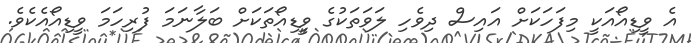
އެ ވީޑިއޯއަކީ މިފަހަކަށް އައިސް ދިވެހި ލަވަތަކުގެ ވީޑިއޯތަކަށް ބަލާނަމަ ފުރިހަމަ ވީޑިއޯއެކެވެ.